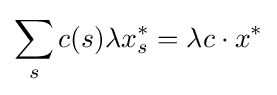
\sum _{s}c(s)\lambda x_{s}^{*}=\lambda c\cdot x^{*}